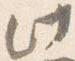
此